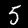
Label: 5